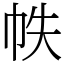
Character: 帙